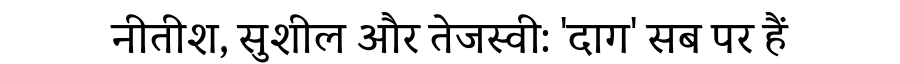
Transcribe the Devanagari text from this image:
नीतीश, सुशील और तेजस्वी: 'दाग' सब पर हैं